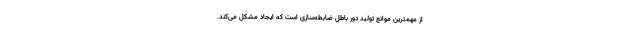
از مهمترین موانع تولید دور باطل ضابطه‌سازی است که ایجاد مشکل می‌کند.